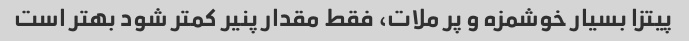
پیتزا بسیار خوشمزه و پر ملات، فقط مقدار پنیر کمتر شود بهتر است